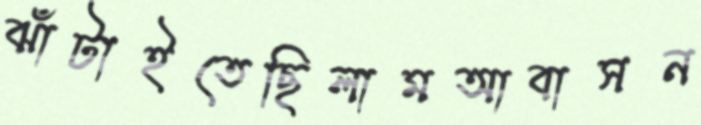
ঝাঁটাইতেছিলামআবাসন